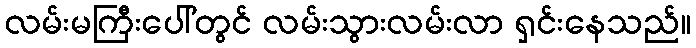
လမ်းမကြီးပေါ်တွင် လမ်းသွားလမ်းလာ ရှင်းနေသည်။